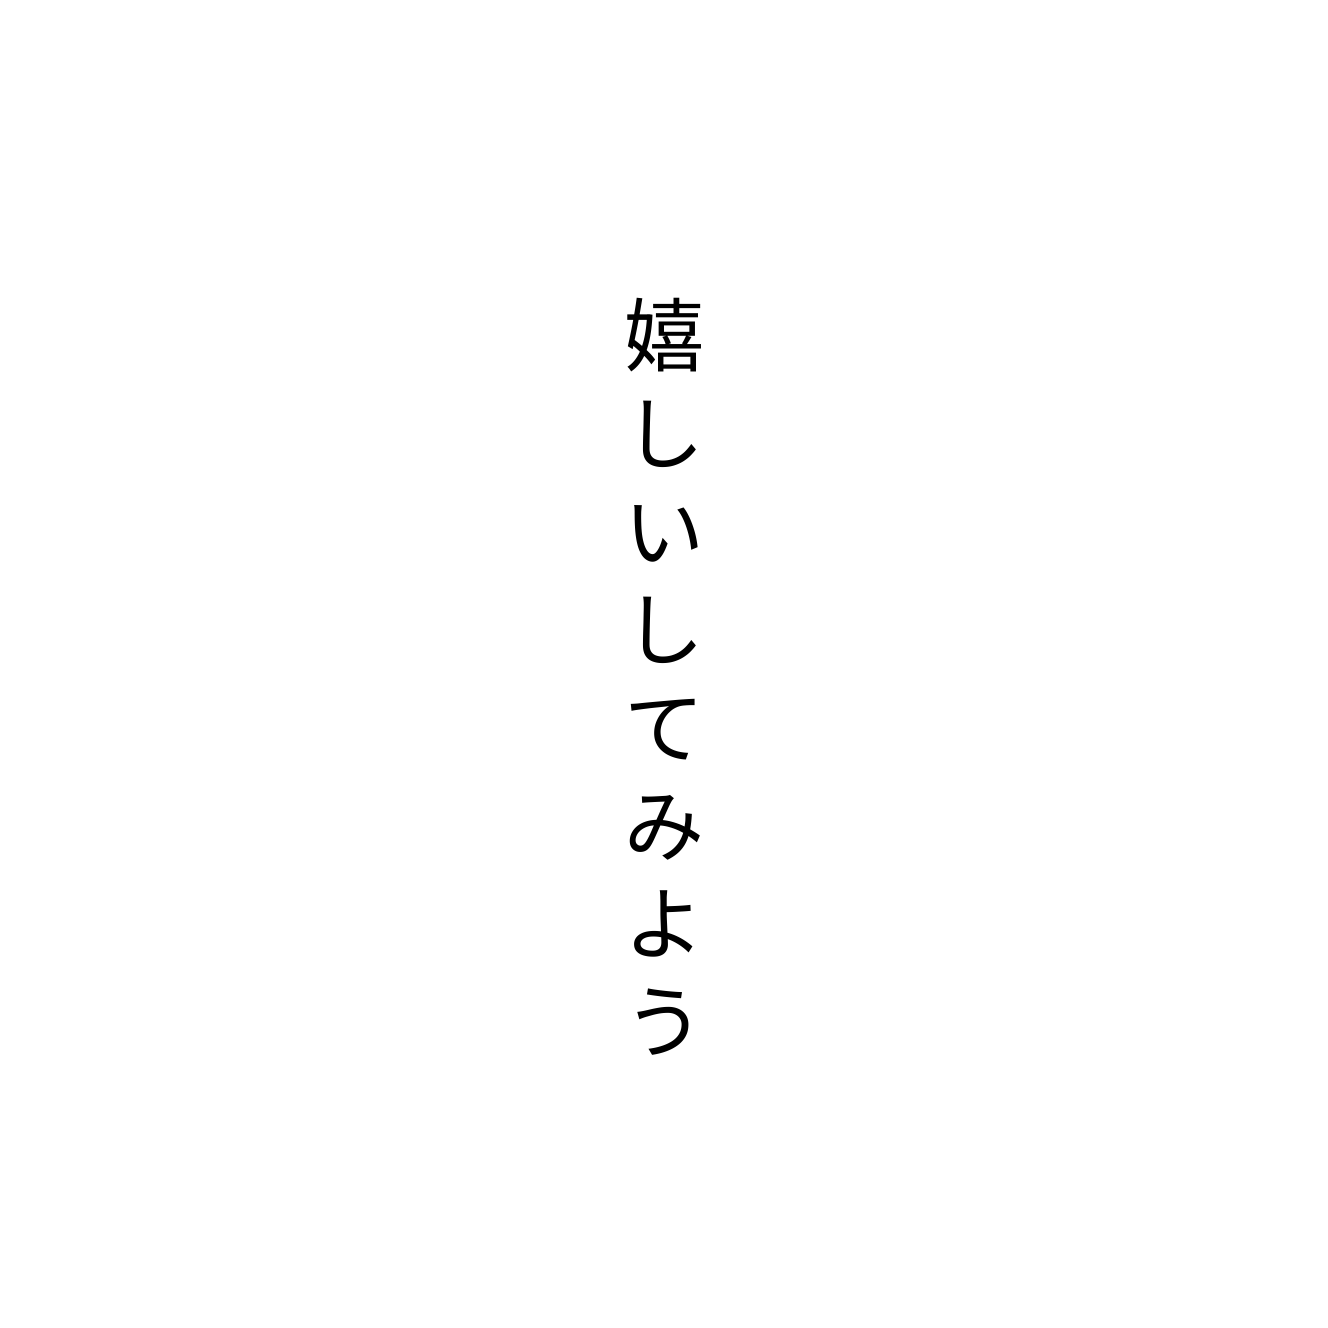
嬉しいしてみよう